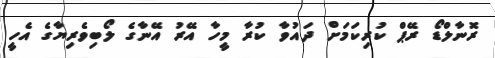
ރޮނާލްޑޯ ރޭޕް ކުރިކަމަށް ދައުވާ ކުރާ މީހާ އޭރު އޭނާގެ ލޯބިވެރިޔާގެ އެހީ